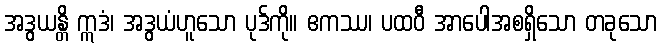
အဒွယန္တိ ဣဒံ၊ အဒွယံဟူသော ပုဒ်ကို။ ဧကဿ၊ ပထဝီ အာပေါအစရှိသော တခုသော